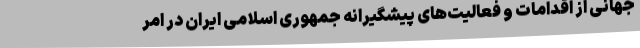
جهانی از اقدامات و فعالیت‌های پیشگیرانه جمهوری اسلامی ایران در امر